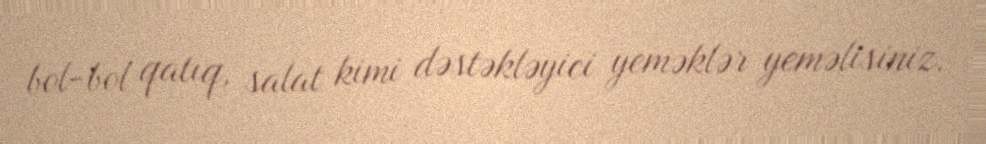
bol-bol qatıq, salat kimi dəstəkləyici yeməklər yeməlisiniz.